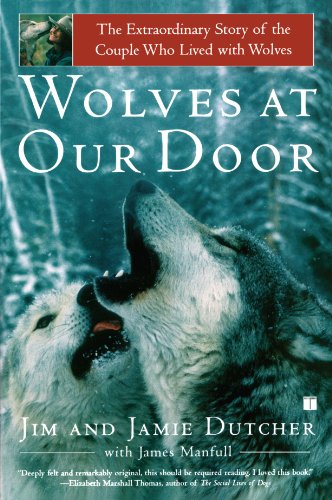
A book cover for Wolves at Our Door: The Extraordinary Story of the Couple Who Lived with Wolves; Jim Dutcher; Sports & Outdoors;